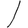
Digit: 1